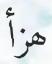
ھزأ